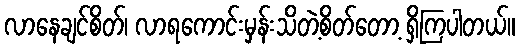
လာနေချင်စိတ်၊ လာရကောင်းမှန်းသိတဲ့စိတ်တော့ ရှိကြပါတယ်။